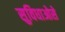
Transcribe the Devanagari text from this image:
सुविधाओसे